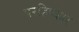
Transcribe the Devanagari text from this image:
परहिष्कार